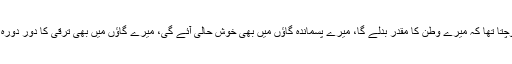
وہ سوچتا تھا کہ میرے وطن کا مقدر بدلے گا، میرے پسماندہ گاؤں میں بھی خوش حالی آئے گی، میرے گاؤں میں بھی ترقی کا دور دورہ ہوگا۔